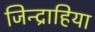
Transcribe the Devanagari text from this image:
जिन्द्राहिया